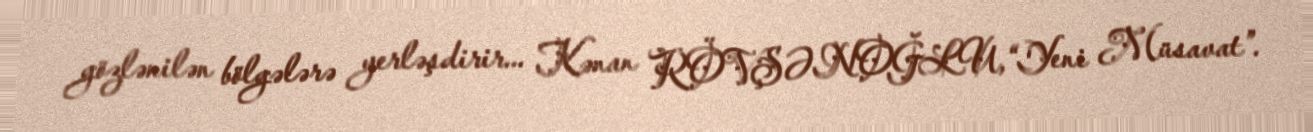
gözlənilən bölgələrə yerləşdirir... Kənan RÖVŞƏNOĞLU,“Yeni Müsavat”.